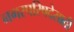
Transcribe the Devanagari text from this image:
नगरपरिषदेसाठी